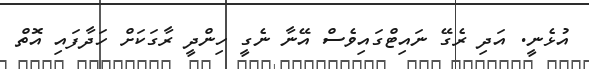
އުޅެނީ. އަދި ރެގޭ ނައިޓްގައިވެސް އޭނާ ނެގީ ހިންދީ ރާގަކަށް ހަދާފައި އޮތް